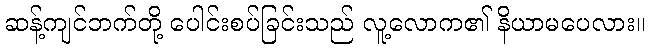
ဆန့်ကျင်ဘက်တို့ ပေါင်းစပ်ခြင်းသည် လူ့လောက၏ နိယာမပေလား။